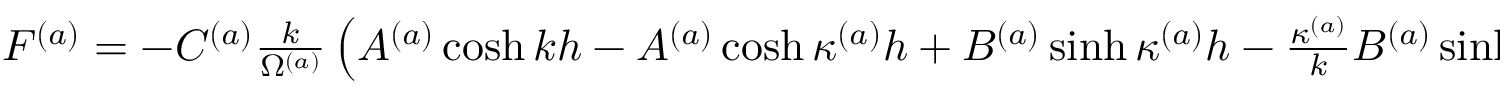
\begin{array} { r } { F ^ { ( a ) } = - C ^ { ( a ) } \frac { k } { \Omega ^ { ( a ) } } \left( A ^ { ( a ) } \cosh k h - A ^ { ( a ) } \cosh \kappa ^ { ( a ) } h + B ^ { ( a ) } \sinh \kappa ^ { ( a ) } h - \frac { \kappa ^ { ( a ) } } { k } B ^ { ( a ) } \sinh k h \right) \; . } \end{array}